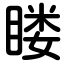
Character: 䁖